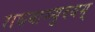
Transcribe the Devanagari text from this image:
राघवाभ्युदयम्